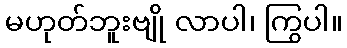
မဟုတ်ဘူးဗျို လာပါ၊ ကြွပါ။